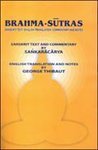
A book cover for Brahmas Sutras: Sanskrit Text, English Translation, Commentary and Notes (2 Volume Set); George Thibault; Religion & Spirituality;